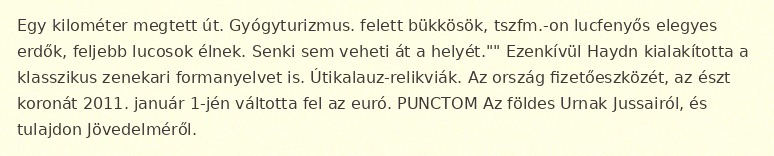
Egy kilométer megtett út. Gyógyturizmus. felett bükkösök, tszfm.-on lucfenyős elegyes erdők, feljebb lucosok élnek. Senki sem veheti át a helyét."" Ezenkívül Haydn kialakította a klasszikus zenekari formanyelvet is. Útikalauz-relikviák. Az ország fizetőeszközét, az észt koronát 2011. január 1-jén váltotta fel az euró. PUNCTOM Az földes Urnak Jussairól, és tulajdon Jövedelméről.